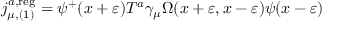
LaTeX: j _ { \mu , ( 1 ) } ^ { a , \mathrm { r e g } } = \psi ^ { + } ( x + \varepsilon ) T ^ { a } \gamma _ { \mu } \Omega ( x + \varepsilon , x - \varepsilon ) \psi ( x - \varepsilon )